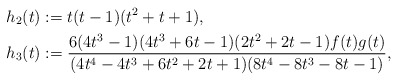
\begin{align*} h_2(t) &:= t(t-1)(t^2+t+1), \\ h_3(t) &:= \frac{6(4t^3-1)(4t^3+6t-1)(2t^2+2t-1)f(t)g(t)}{(4t^4-4t^3+6t^2+2t+1)(8t^4-8t^3-8t-1)}, \end{align*}